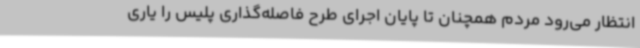
انتظار می‌رود مردم همچنان تا پایان اجرای طرح فاصله‌گذاری پلیس را یاری